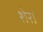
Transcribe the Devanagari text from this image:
शेर।